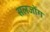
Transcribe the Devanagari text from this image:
सलजोंग